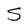
Character: S